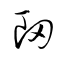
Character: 衂